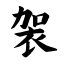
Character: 袈